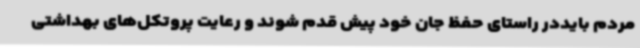
مردم بایددر راستای حفظ جان خود پیش قدم شوند و رعایت پروتکل‌های بهداشتی